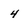
Character: 4